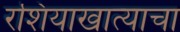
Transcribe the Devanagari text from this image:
रशियाखात्याचा